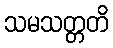
သမသတ္တတိ